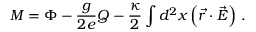
M = \Phi - { \frac { g } { 2 e } } Q - { \frac { \kappa } { 2 } } \int d ^ { 2 } x \left( \vec { r } \cdot \vec { E } \right) \, .